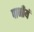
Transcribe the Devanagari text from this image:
पानीयं